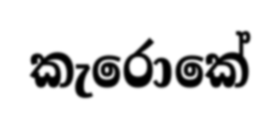
කැරොකේ